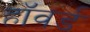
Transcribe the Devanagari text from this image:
हाॅवर्ड